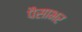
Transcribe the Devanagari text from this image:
पैसाभर